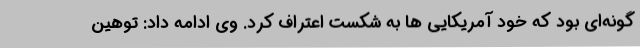
گونه‌ای بود که خود آمریکایی ها به شکست اعتراف کرد. وی ادامه داد: توهین